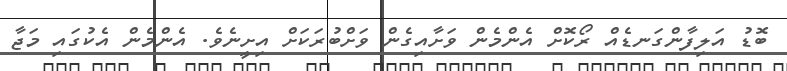
ބޮޑު އަލިފާންގަނޑެއް ރޯކޮށް އެންމެން ވަށާއިގެން ވަށްބުރަކަށް އިށީނެވެ. އެންމެން އެކުގައި މަޖާ